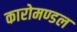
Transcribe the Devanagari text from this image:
कारोमण्डल